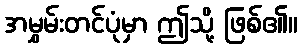
အမွှမ်းတင်ပုံမှာ ဤသို့ ဖြစ်၏။